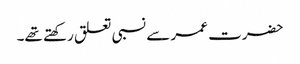
حضرت عمر سے نسبی تعلق رکھتے تھے۔